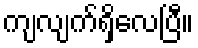
ကျလျက်ရှိလေပြီ။